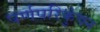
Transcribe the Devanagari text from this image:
पर्णपरिकुंचन